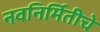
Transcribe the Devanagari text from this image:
नवनिर्मितीचे